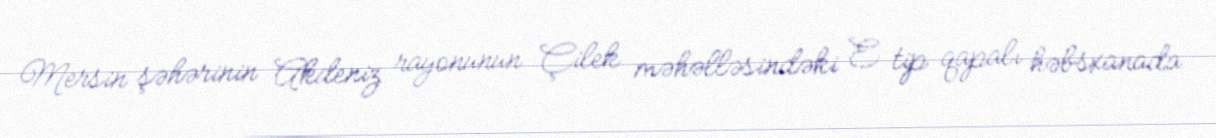
Mersin şəhərinin Akdeniz rayonunun Çilek məhəlləsindəki E tip qapalı həbsxanada